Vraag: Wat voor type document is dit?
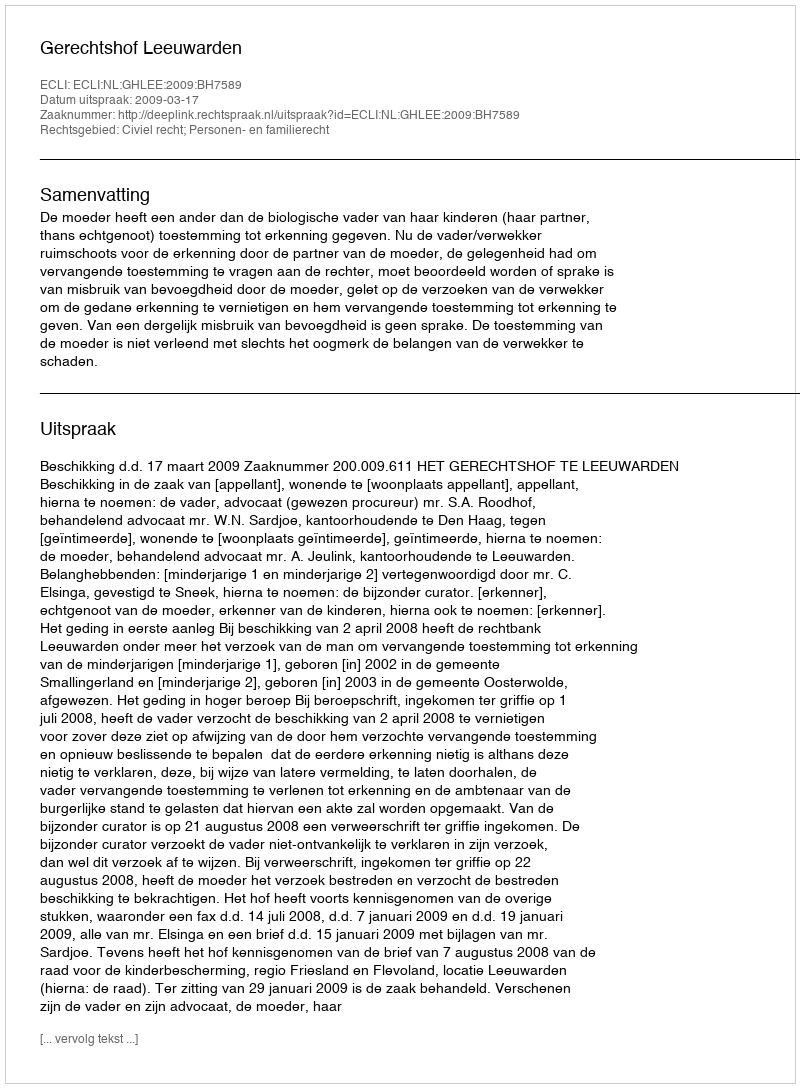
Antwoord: Uitspraak